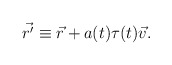
\begin{align*}\vec {r'} \equiv \vec r + a(t) \tau(t) \vec v.\end{align*}